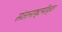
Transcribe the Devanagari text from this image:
संतानाष्टमीव्रत